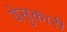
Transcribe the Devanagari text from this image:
येसुकारी